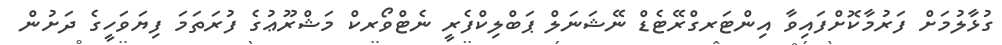
ގުޅާލުމަށް ފަރުމާކޮށްފައިވާ އިންޓަރގްރޭޓެޑް ނޭޝަނަލް ޕަބްލިކްފެރީ ނެޓްވޯރކް މަޝްރޫޢުގެ ފުރަތަމަ ފިޔަވަހީގެ ދަށުން